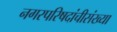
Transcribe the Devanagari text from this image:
नगरपरिषदांचीसंख्या